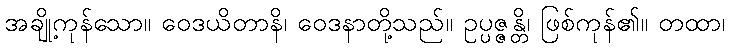
အချို့ကုန်သော။ ဝေဒယိတာနိ၊ ဝေဒနာတို့သည်။ ဥပ္ပဇ္ဇန္တိ၊ ဖြစ်ကုန်၏။ တထာ၊